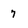
Character: 7